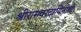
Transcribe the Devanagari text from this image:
श्रीरामवरदायिनीची